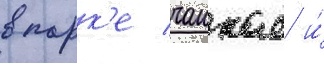
в парк'е чанкае и́